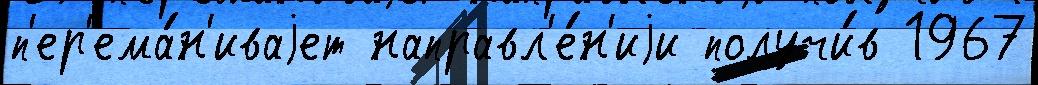
п'ер'ема́н'иваjет направл'е́н'иjи получи́в 1967